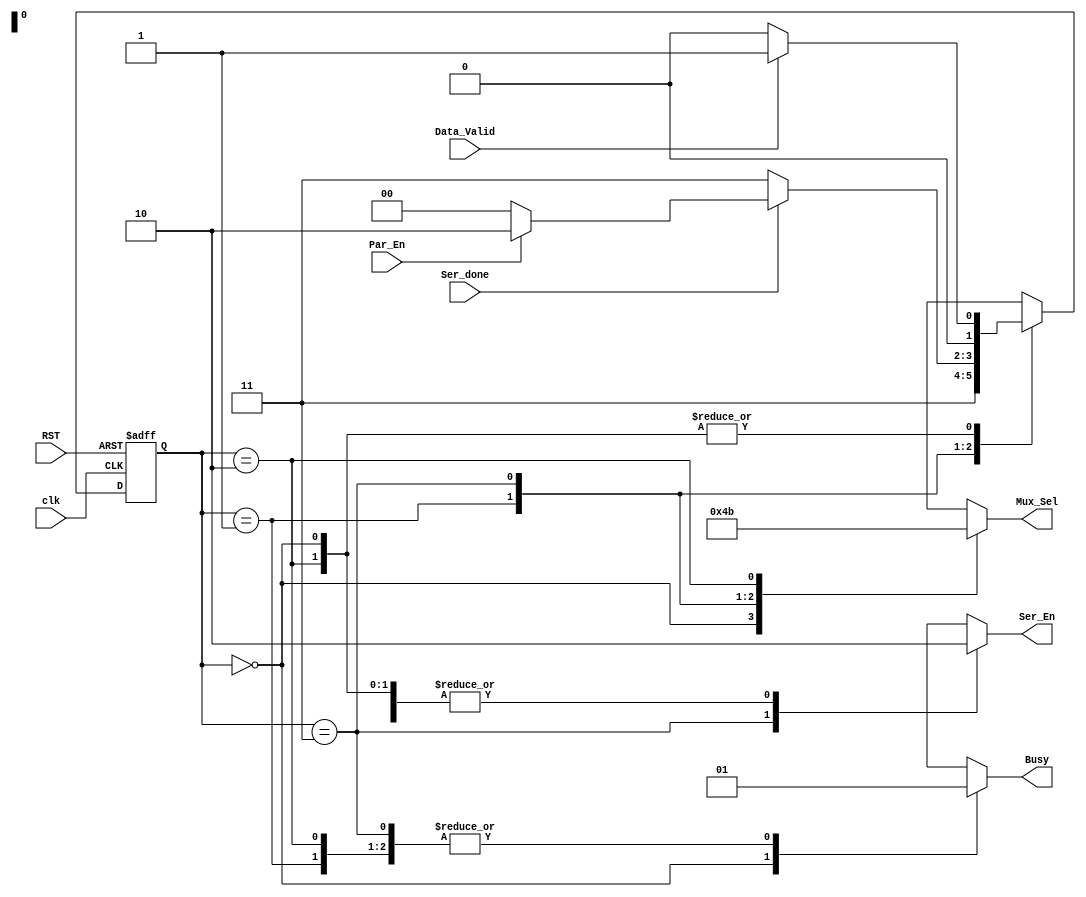
module FSM (
    input wire clk,
    input wire RST,
    input wire Data_Valid,
    input wire Par_En,
    input wire Ser_done,
    output reg Ser_En,
    output reg Busy,
    output reg [1:0] Mux_Sel

);

reg [1:0] Current_State;
reg [1:0] Next_State;

    localparam Idle =2'b00,
               Start=2'b01,
               Data=2'b11,
               Parity=2'b10;

always @(posedge clk or negedge RST) begin
    if (!RST) begin
        Current_State<=Idle;
    end else begin
        Current_State<=Next_State;
    end
end

always @(*) begin
    
    case (Current_State)
        Idle:begin
            Mux_Sel=2'b01;
            Busy=1'b0;
            Ser_En=1'b0;
            if (Data_Valid) begin
                Next_State=Start;
            end else begin
                Next_State=Idle;
            end
        end

        Start:begin
            Mux_Sel=2'b00;
            Busy=1'b1;
            Ser_En=1'b0;
            Next_State=Data;
        end

        Data:begin
            Mux_Sel=2'b10;
            Busy=1'b1;
            Ser_En=1'b1;
            if (!Ser_done) begin
                Next_State=Data;
            end else begin
                if (Par_En) begin
                     Next_State=Parity;
                end else begin
                    Next_State=Idle;
                end
            end
        end

        Parity:begin
            Mux_Sel=2'b11;
            Busy=1'b1;
            Ser_En=1'b0;
            if (Data_Valid) begin
                Next_State=Start;
            end else begin
                Next_State=Idle;
            end
        end 

    endcase
end

endmodule